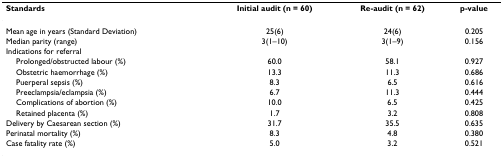
<table><thead><tr><td><b>Standards</b></td><td><b>Initial audit (n = 60)</b></td><td><b>Re-audit (n = 62)</b></td><td><b>p-value</b></td></tr></thead><tbody><tr><td>Mean age in years (Standard Deviation)</td><td>25(6)</td><td>24(6)</td><td>0.205</td></tr><tr><td>Median parity (range)</td><td>3(1–10)</td><td>3(1–9)</td><td>0.156</td></tr><tr><td>Indications for referral</td><td></td><td></td><td></td></tr><tr><td> Prolonged/obstructed labour (%)</td><td>60.0</td><td>58.1</td><td>0.927</td></tr><tr><td> Obstetric haemorrhage (%)</td><td>13.3</td><td>11.3</td><td>0.686</td></tr><tr><td> Puerperal sepsis (%)</td><td>8.3</td><td>6.5</td><td>0.616</td></tr><tr><td> Preeclampsia/eclampsia (%)</td><td>6.7</td><td>11.3</td><td>0.444</td></tr><tr><td> Complications of abortion (%)</td><td>10.0</td><td>6.5</td><td>0.425</td></tr><tr><td> Retained placenta (%)</td><td>1.7</td><td>3.2</td><td>0.808</td></tr><tr><td>Delivery by Caesarean section (%)</td><td>31.7</td><td>35.5</td><td>0.635</td></tr><tr><td>Perinatal mortality (%)</td><td>8.3</td><td>4.8</td><td>0.380</td></tr><tr><td>Case fatality rate (%)</td><td>5.0</td><td>3.2</td><td>0.521</td></tr></tbody></table>